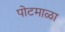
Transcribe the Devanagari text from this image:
पोटमाळा